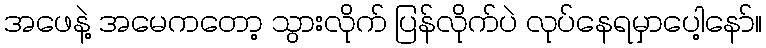
အဖေနဲ့ အမေကတော့ သွားလိုက် ပြန်လိုက်ပဲ လုပ်နေရမှာပေါ့နော်။